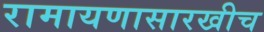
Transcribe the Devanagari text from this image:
रामायणासारखीच